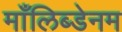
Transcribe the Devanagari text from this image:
माँलिब्डेनम